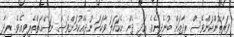
ފަރާތުންކަންވެސް ރިދާއަށް ބުނެދިނެވެ. އަދި ދެން އެކަހަލަ ވާހަކަ ނުދެއްކުމަށްވެސް ނަޞޭޙަތްތެރިވިއެވެ. ރިދާ